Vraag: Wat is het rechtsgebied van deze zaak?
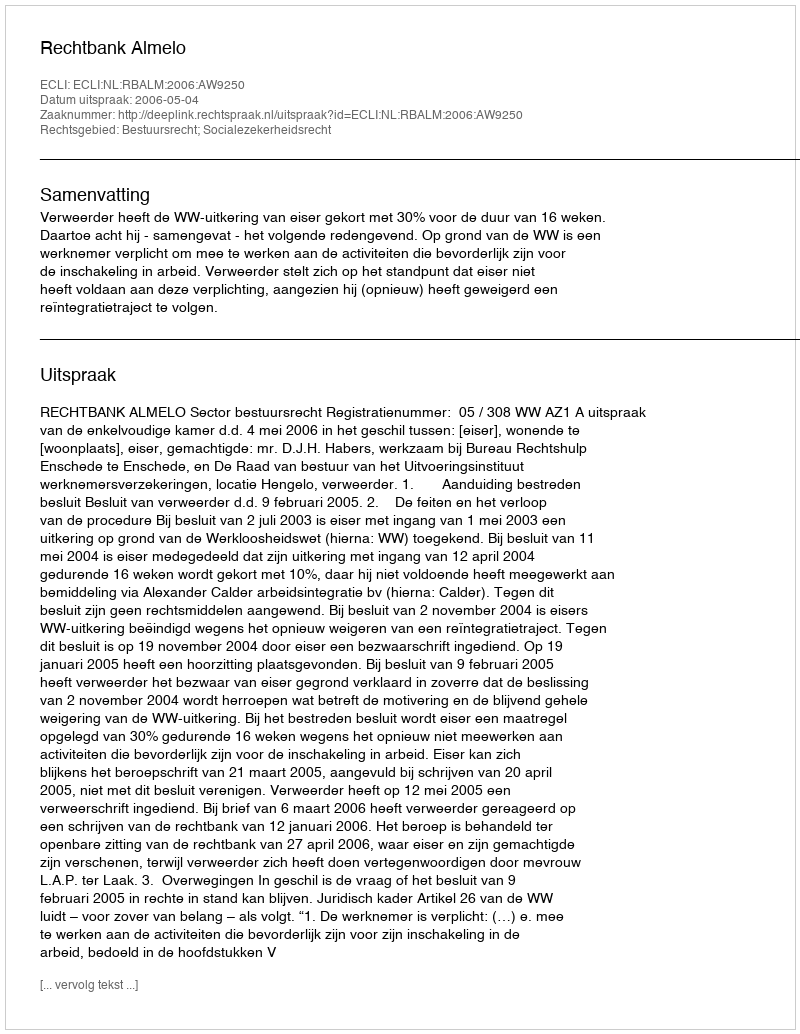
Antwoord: Bestuursrecht; Socialezekerheidsrecht